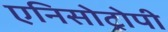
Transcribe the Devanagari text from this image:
एनिसोट्रोपी